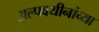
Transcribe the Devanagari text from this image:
अल्पवयीनांच्या